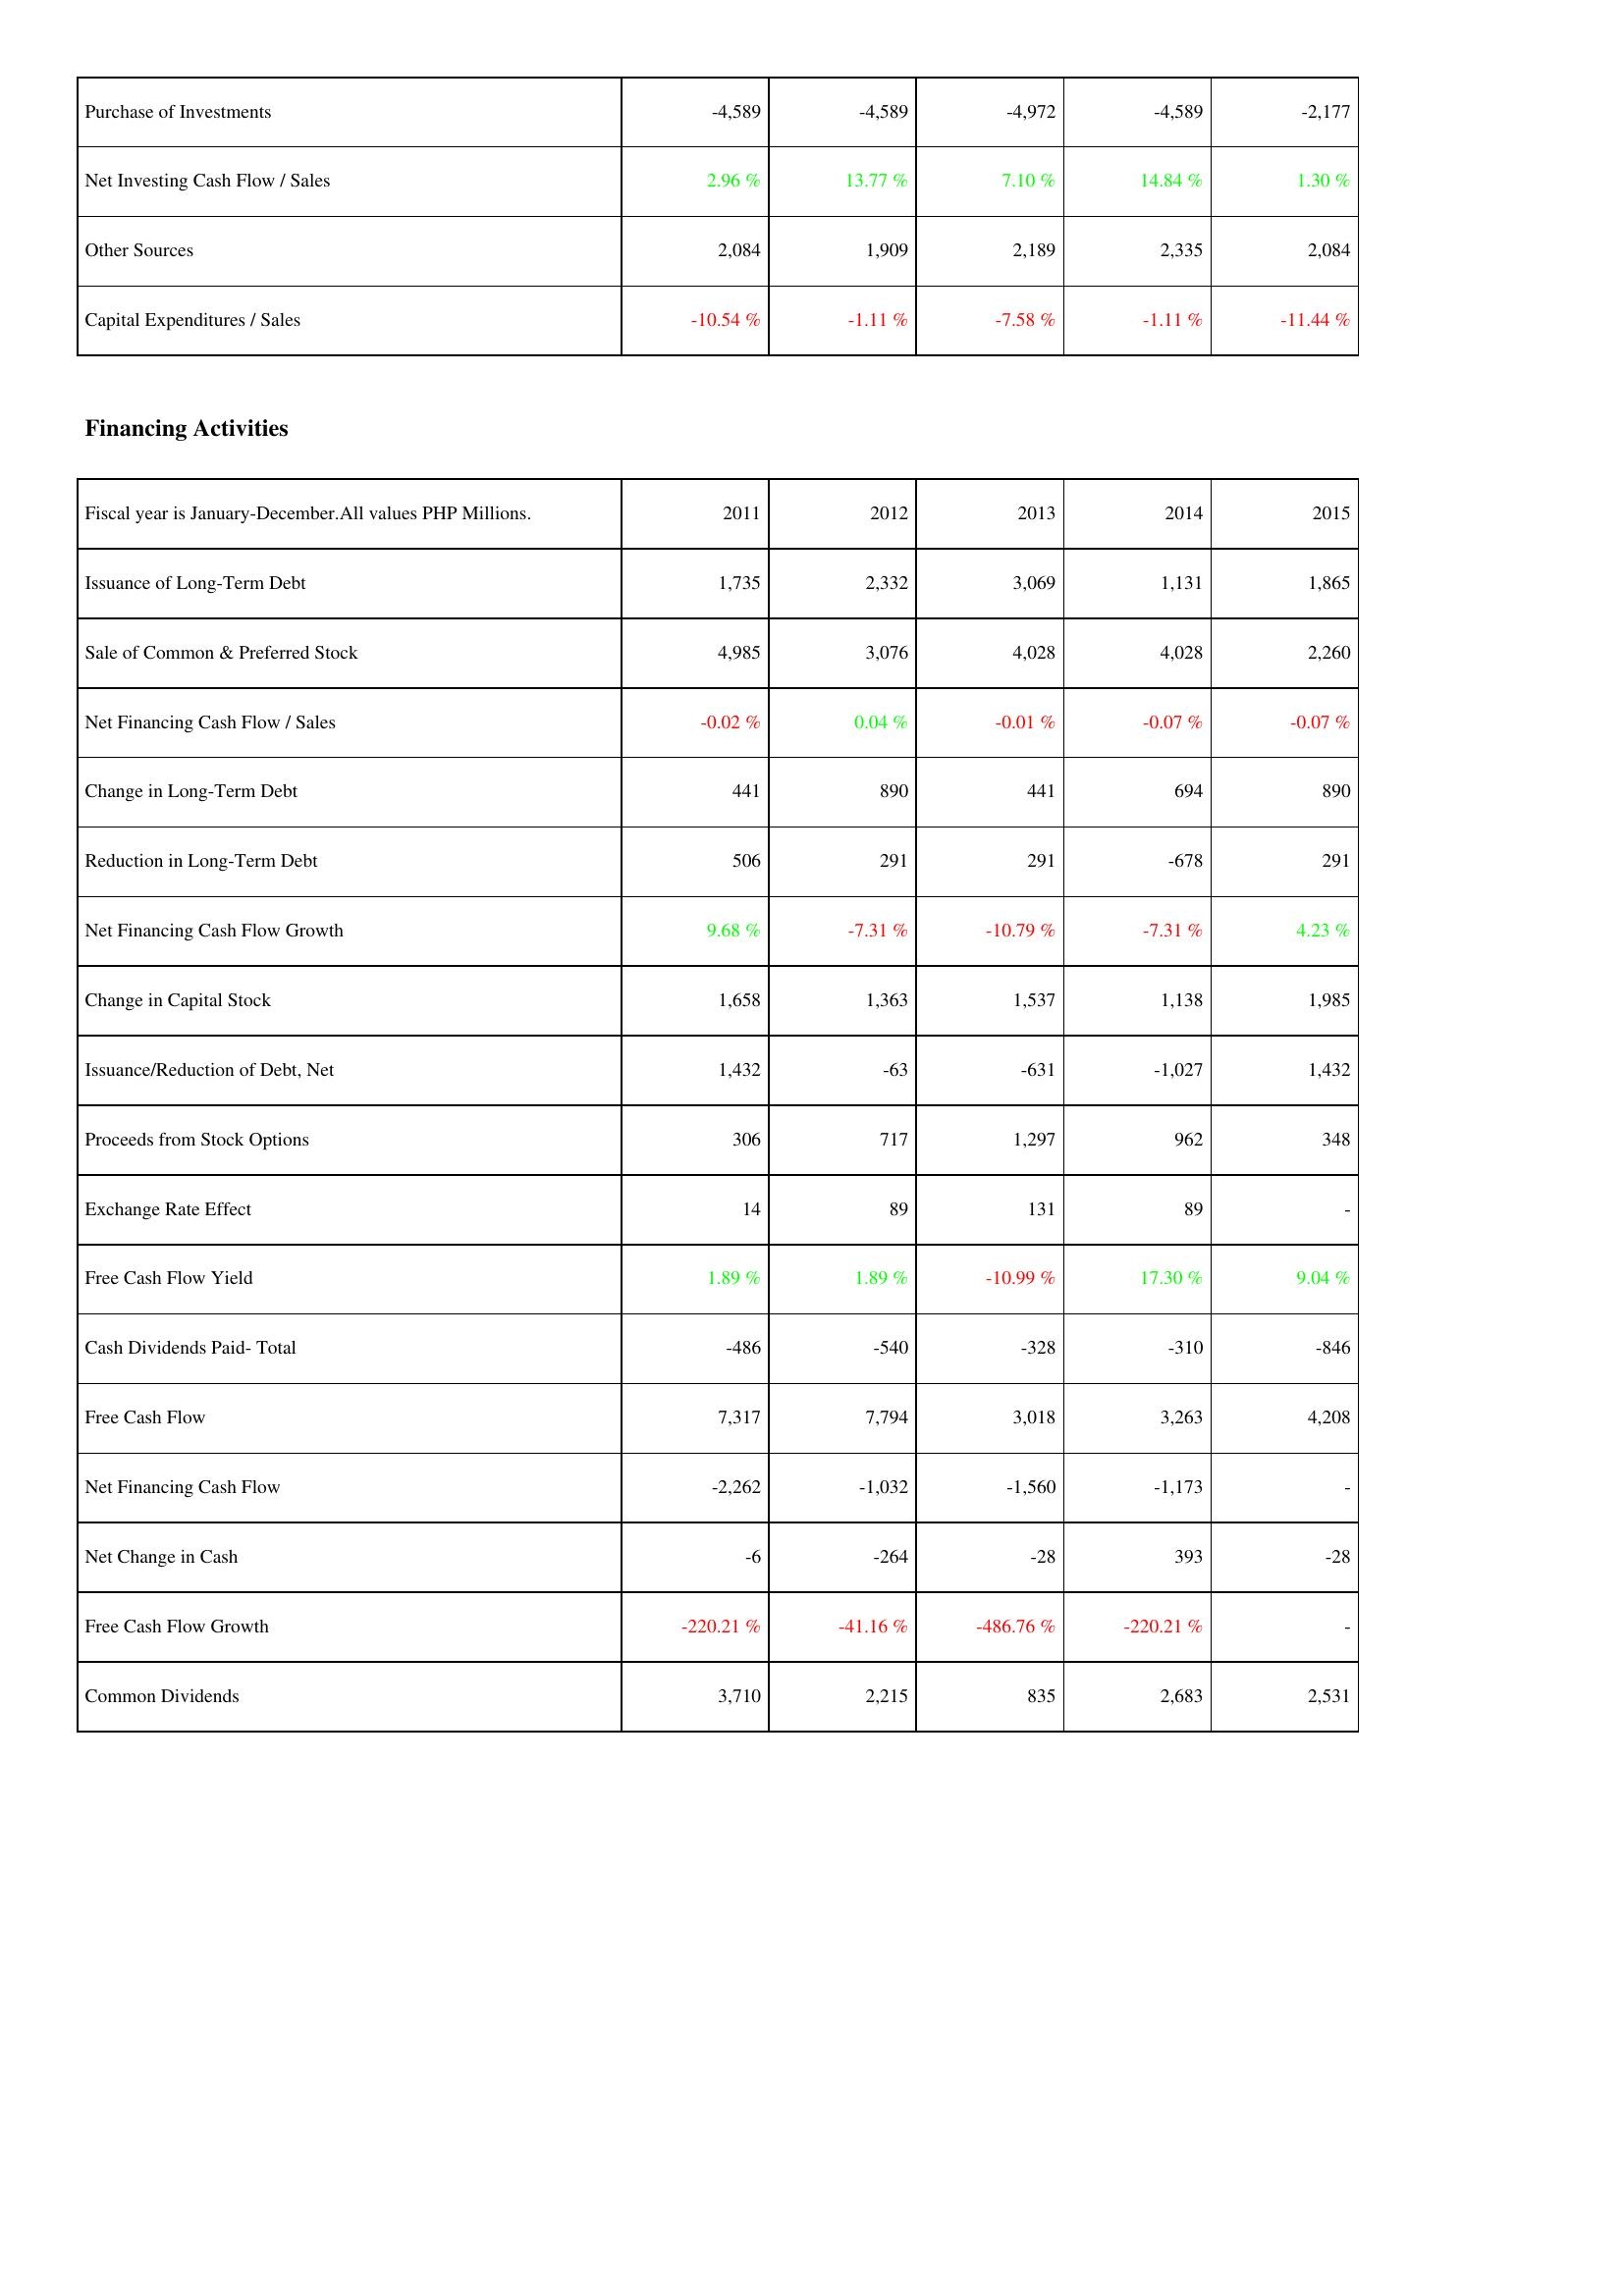
2011: Investing Activities: Purchase of Investments: -4,589
Net Investing Cash Flow / Sales: 2.96 %
Other Sources: 2,084
Capital Expenditures / Sales: -10.54 %
Financing Activities: Issuance of Long-Term Debt: 1,735
Sale of Common & Preferred Stock: 4,985
Net Financing Cash Flow / Sales: -0.02 %
Change in Long-Term Debt: 441
Reduction in Long-Term Debt: 506
Net Financing Cash Flow Growth: 9.68 %
Change in Capital Stock: 1,658
Issuance/Reduction of Debt, Net: 1,432
Proceeds from Stock Options: 306
Exchange Rate Effect: 14
Free Cash Flow Yield: 1.89 %
Cash Dividends Paid- Total: -486
Free Cash Flow: 7,317
Net Financing Cash Flow: -2,262
Net Change in Cash: -6
Free Cash Flow Growth: -220.21 %
Common Dividends: 3,710
2012: Investing Activities: Purchase of Investments: -4,589
Net Investing Cash Flow / Sales: 13.77 %
Other Sources: 1,909
Capital Expenditures / Sales: -1.11 %
Financing Activities: Issuance of Long-Term Debt: 2,332
Sale of Common & Preferred Stock: 3,076
Net Financing Cash Flow / Sales: 0.04 %
Change in Long-Term Debt: 890
Reduction in Long-Term Debt: 291
Net Financing Cash Flow Growth: -7.31 %
Change in Capital Stock: 1,363
Issuance/Reduction of Debt, Net: -63
Proceeds from Stock Options: 717
Exchange Rate Effect: 89
Free Cash Flow Yield: 1.89 %
Cash Dividends Paid- Total: -540
Free Cash Flow: 7,794
Net Financing Cash Flow: -1,032
Net Change in Cash: -264
Free Cash Flow Growth: -41.16 %
Common Dividends: 2,215
2013: Investing Activities: Purchase of Investments: -4,972
Net Investing Cash Flow / Sales: 7.10 %
Other Sources: 2,189
Capital Expenditures / Sales: -7.58 %
Financing Activities: Issuance of Long-Term Debt: 3,069
Sale of Common & Preferred Stock: 4,028
Net Financing Cash Flow / Sales: -0.01 %
Change in Long-Term Debt: 441
Reduction in Long-Term Debt: 291
Net Financing Cash Flow Growth: -10.79 %
Change in Capital Stock: 1,537
Issuance/Reduction of Debt, Net: -631
Proceeds from Stock Options: 1,297
Exchange Rate Effect: 131
Free Cash Flow Yield: -10.99 %
Cash Dividends Paid- Total: -328
Free Cash Flow: 3,018
Net Financing Cash Flow: -1,560
Net Change in Cash: -28
Free Cash Flow Growth: -486.76 %
Common Dividends: 835
2014: Investing Activities: Purchase of Investments: -4,589
Net Investing Cash Flow / Sales: 14.84 %
Other Sources: 2,335
Capital Expenditures / Sales: -1.11 %
Financing Activities: Issuance of Long-Term Debt: 1,131
Sale of Common & Preferred Stock: 4,028
Net Financing Cash Flow / Sales: -0.07 %
Change in Long-Term Debt: 694
Reduction in Long-Term Debt: -678
Net Financing Cash Flow Growth: -7.31 %
Change in Capital Stock: 1,138
Issuance/Reduction of Debt, Net: -1,027
Proceeds from Stock Options: 962
Exchange Rate Effect: 89
Free Cash Flow Yield: 17.30 %
Cash Dividends Paid- Total: -310
Free Cash Flow: 3,263
Net Financing Cash Flow: -1,173
Net Change in Cash: 393
Free Cash Flow Growth: -220.21 %
Common Dividends: 2,683
2015: Investing Activities: Purchase of Investments: -2,177
Net Investing Cash Flow / Sales: 1.30 %
Other Sources: 2,084
Capital Expenditures / Sales: -11.44 %
Financing Activities: Issuance of Long-Term Debt: 1,865
Sale of Common & Preferred Stock: 2,260
Net Financing Cash Flow / Sales: -0.07 %
Change in Long-Term Debt: 890
Reduction in Long-Term Debt: 291
Net Financing Cash Flow Growth: 4.23 %
Change in Capital Stock: 1,985
Issuance/Reduction of Debt, Net: 1,432
Proceeds from Stock Options: 348
Exchange Rate Effect: -
Free Cash Flow Yield: 9.04 %
Cash Dividends Paid- Total: -846
Free Cash Flow: 4,208
Net Financing Cash Flow: -
Net Change in Cash: -28
Free Cash Flow Growth: -
Common Dividends: 2,531